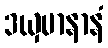
ဒယှမာနာနံ